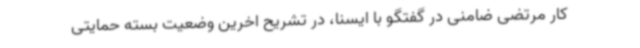
کار مرتضی ضامنی در گفتگو با ایسنا، در تشریح اخرین وضعیت بسته حمایتی